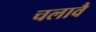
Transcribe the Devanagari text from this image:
चलावै